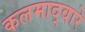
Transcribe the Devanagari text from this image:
कलमाद्वारे